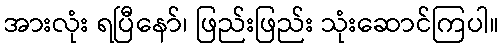
အားလုံး ရပြီနော်၊ ဖြည်းဖြည်း သုံးဆောင်ကြပါ။